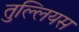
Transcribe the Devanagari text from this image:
तुल्लियस